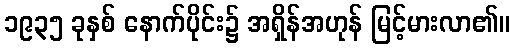
၁၉၃၅ ခုနှစ် နောက်ပိုင်း၌ အရှိန်အဟုန် မြင့်မားလာ၏။